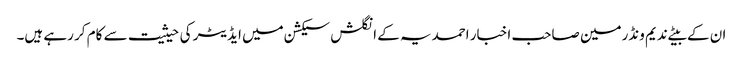
ان کے بیٹے ندیم ونڈرمین صاحب اخبار احمدیہ کے انگلش سیکشن میں ایڈیٹر کی حیثیت سے کام کر رہے ہیں۔